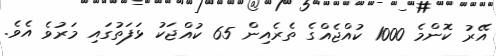
އޭރު ކޮންމެ 1000 ކުއްޖެއްގެ ތެރެއިން 65 ކުއްޖަކު ޅަފަތުގައި މަރުވެ އެވެ.